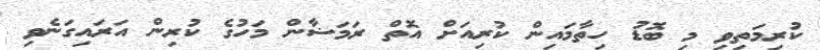
ކުރިމަތިވި މި ބޮޑު ހިތާމައިން ކުރިއަށް އޮތް ރަމަޟާން މަހުގެ ކުރިން އަރައިގަނެވި